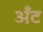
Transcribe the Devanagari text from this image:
अँट